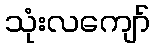
သုံးလကျော်